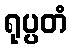
ရုပ္ပတံ